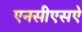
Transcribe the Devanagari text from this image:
एनसीएसऐ